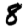
Digit: 8